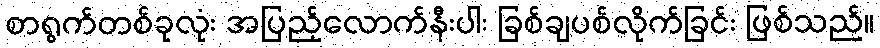
စာရွက်တစ်ခုလုံး အပြည့်လောက်နီးပါး ခြစ်ချပစ်လိုက်ခြင်း ဖြစ်သည်။